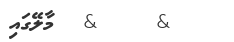
&    &  މާލޭގައި